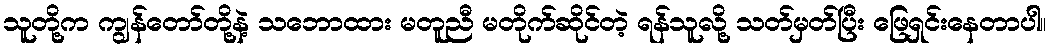
သူတို့က ကျွန်တော်တို့နဲ့ သဘောထား မတူညီ မတိုက်ဆိုင်တဲ့ ရန်သူလို့ သတ်မှတ်ပြီး ဖြေရှင်းနေတာပါ။